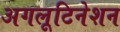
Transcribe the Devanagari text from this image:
अगलूटिनेशन